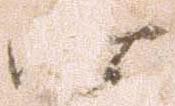
昨